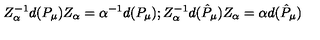
Z _ { \alpha } ^ { - 1 } d ( P _ { \mu } ) Z _ { \alpha } = \alpha ^ { - 1 } d ( P _ { \mu } ) ; Z _ { \alpha } ^ { - 1 } d ( \hat { P } _ { \mu } ) Z _ { \alpha } = \alpha d ( \hat { P } _ { \mu } )